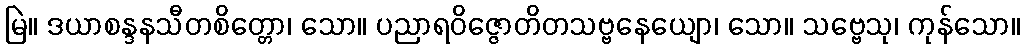
မြဲ။ ဒယာစန္ဒနသီတစိတ္တော၊ သော။ ပညာရဝိဇ္ဇောတိတသဗ္ဗနေယျော၊ သော။ သဗ္ဗေသု၊ ကုန်သော။